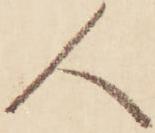
人